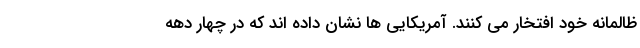
ظالمانه خود افتخار می کنند. آمریکایی ها نشان داده اند که در چهار دهه